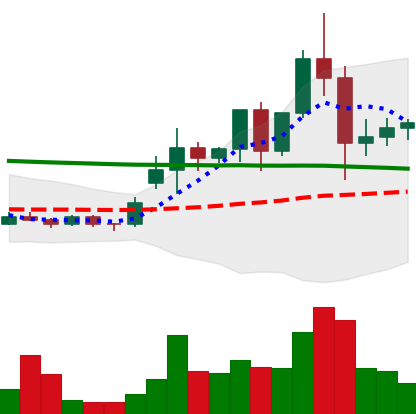
Ticker: ETC-USD
Chart end date: 2020-11-29
Forward return: -6.089%
Label: down_5_7